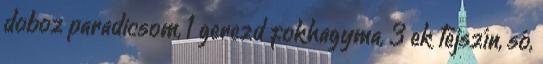
doboz paradicsom, 1 gerezd fokhagyma, 3 ek tejszín, só,